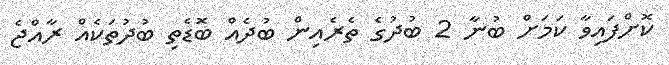
ކޮށްފައިވާ ކަމަށް ބުނާ 2 ބުދުގެ ތެރެއިން ބުދެއް ބޮޑެތި ބުދުތަކެއް ރާއްޖެ